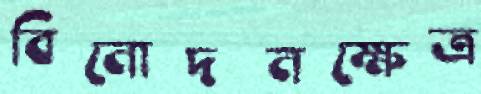
বিনোদনক্ষেত্র